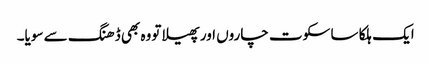
ایک ہلکا سا سکوت چاروں اور پھیلا تووہ بھی ڈھنگ سے سویا۔